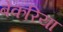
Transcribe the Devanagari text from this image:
बेकरिया